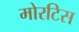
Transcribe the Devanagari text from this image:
मोरटिस